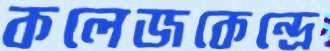
কলেজকেন্দ্রে